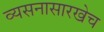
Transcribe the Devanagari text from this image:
व्यसनासारखेच